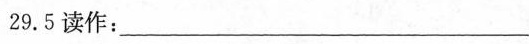
29.5读作：________